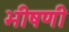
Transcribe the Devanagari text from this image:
भीषणी